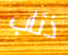
ذئاب